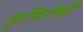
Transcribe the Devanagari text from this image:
कृमिरोधी